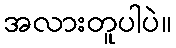
အလားတူပါပဲ။